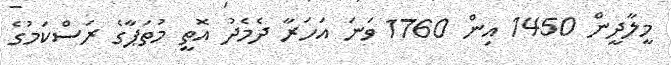
މީލާދީން 1450 އިން 1760 ވަނަ އަހަރާ ދެމެދު އޮތީ މުތަޕާގެ ރަސްކަމުގެ